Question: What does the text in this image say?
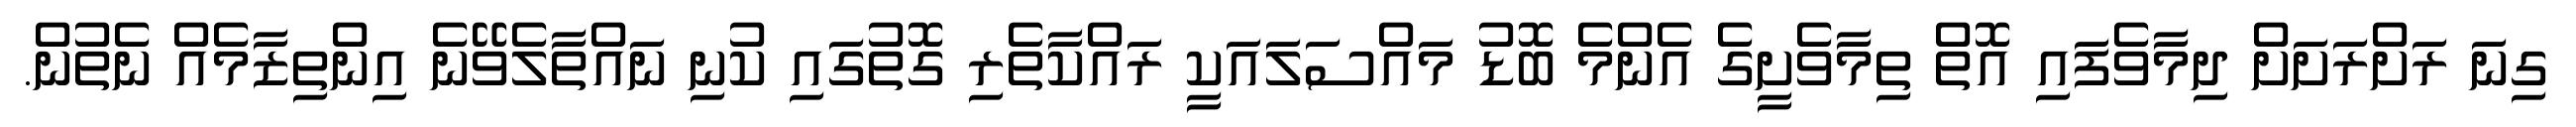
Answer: ގިނަ ރަށްރަށަށް ދިމާވެފައި އޮތް ތިމާވެށީގެ އެންމެ ބޮޑު މައްސަލައަކީ ރައްކާތެރި ގޮތުގައި ކުނި ނައްތާލެވޭނެ އިންތިޒާމެއް ނެތުން.